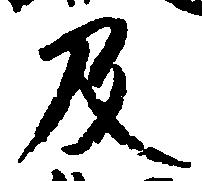
及